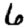
Digit: 6